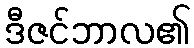
ဒီဇင်ဘာလ၏